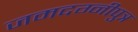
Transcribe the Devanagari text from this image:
जमदग्नीपुत्र